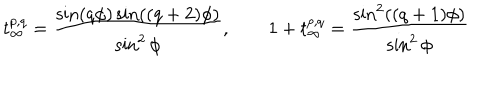
LaTeX: t _ { \infty } ^ { p , q } = \frac { \sin ( q \phi ) \sin ( ( q + 2 ) \phi ) } { \sin ^ { 2 } \phi } , \qquad 1 + t _ { \infty } ^ { p , q } = \frac { \sin ^ { 2 } ( ( q + 1 ) \phi ) } { \sin ^ { 2 } \phi }